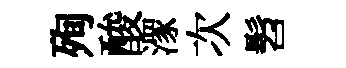
殉酸潈次髫